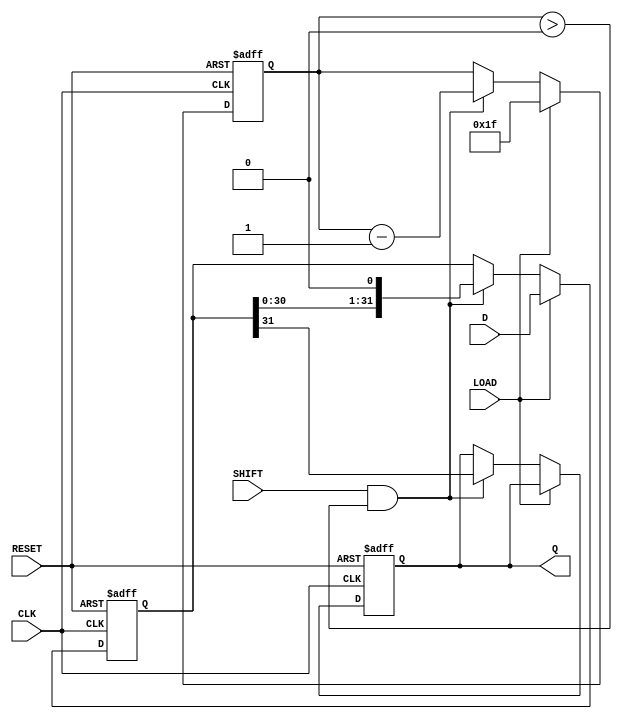
module PISO_Register (
    input wire [31:0] D,       // 32-bit parallel input
    input wire LOAD,           // Load control signal
    input wire SHIFT,          // Shift control signal
    input wire CLK,            // Clock signal
    input wire RESET,          // Reset signal
    output reg Q               // Serial output
);

// Internal register to hold the data
reg [31:0] shift_reg; // 32-bit shift register
reg [4:0] count;      // Bit counter for shifting

always @(posedge CLK or posedge RESET) begin
    if (RESET) begin
        // Reset the shift register and output
        shift_reg <= 32'b0;
        Q <= 1'b0;
        count <= 5'd0; // Reset the counter
    end else if (LOAD) begin
        // Load the parallel input into the shift register
        shift_reg <= D;
        count <= 5'd31; // Set counter to the MSB
    end else if (SHIFT && count > 0) begin
        // Shift operation
        Q <= shift_reg[31]; // Output the MSB
        shift_reg <= {shift_reg[30:0], 1'b0}; // Shift down
        count <= count - 1; // Decrement the counter
    end
end

endmodule